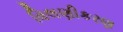
વિલણીકરણ